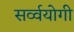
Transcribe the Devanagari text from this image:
सर्व्वयोगी